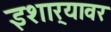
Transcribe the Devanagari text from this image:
इशार्‍यावर